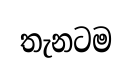
තැනටම